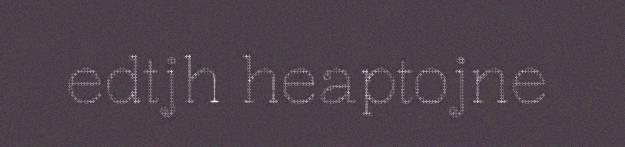
edtjh heaptojne